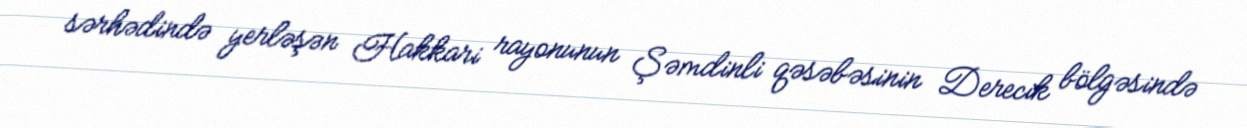
sərhədində yerləşən Hakkari rayonunun Şəmdinli qəsəbəsinin Derecik bölgəsində